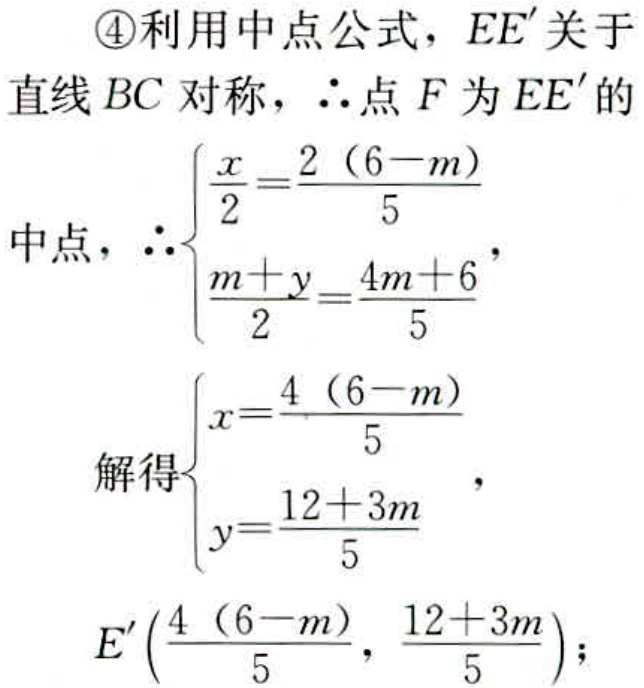
\textcircled{4}利用中点公式，\(EE'\)关于
直线 \(BC\) 对称，\(\therefore\)点 \(F\) 为 \(EE'\) 的
中点，\(\therefore\begin{cases}\dfrac{x}{2}=\dfrac{2(6 - m)}{5}\\\dfrac{m + y}{2}=\dfrac{4m + 6}{5}\end{cases}\)，
解得\(\begin{cases}x=\dfrac{4(6 - m)}{5}\\y=\dfrac{12 + 3m}{5}\end{cases}\)，
\(E'\left(\dfrac{4(6 - m)}{5},\dfrac{12 + 3m}{5}\right)\)；